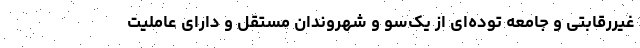
غیررقابتی و جامعه توده‌ای از یک‌سو و شهروندان مستقل و دارای عاملیت